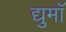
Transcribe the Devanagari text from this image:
द्युमाँ